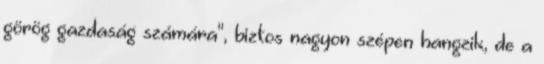
görög gazdaság számára", biztos nagyon szépen hangzik, de a